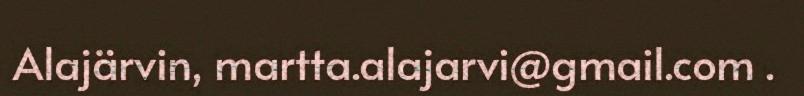
Alajärvin, martta.alajarvi@gmail.com .